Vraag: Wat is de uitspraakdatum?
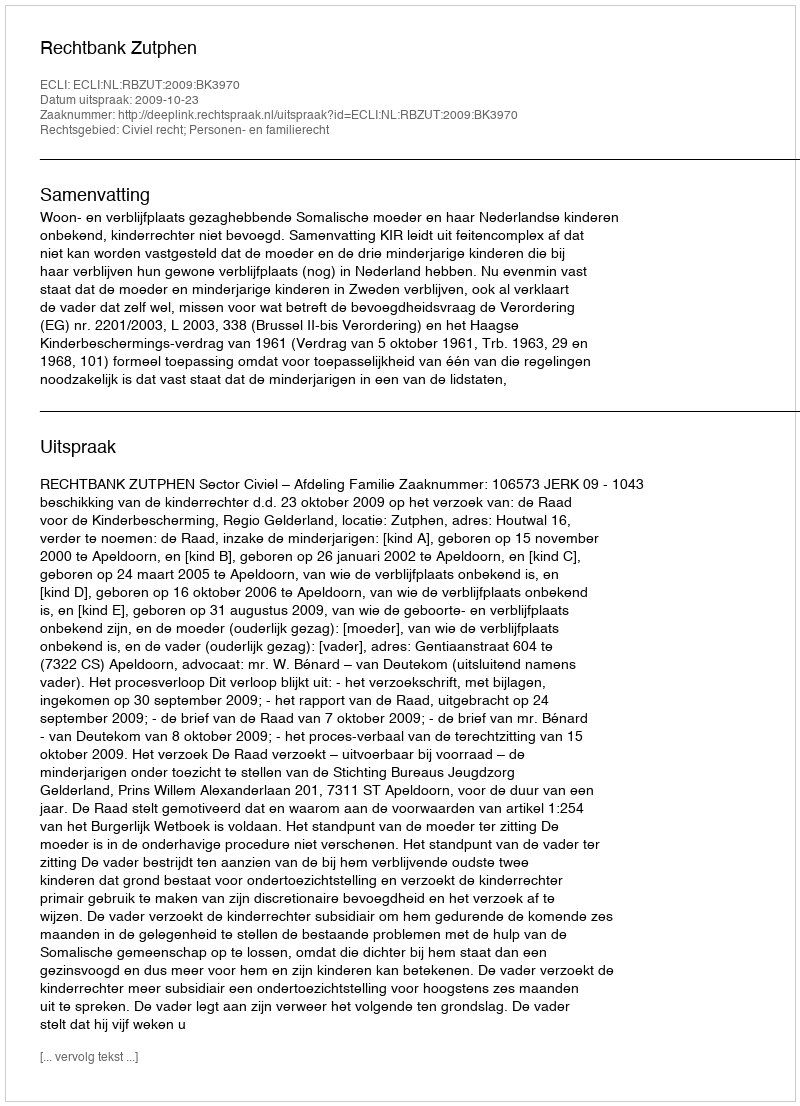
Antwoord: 2009-10-23